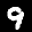
Label: 9